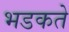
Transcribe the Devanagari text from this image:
भडकते